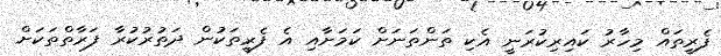
ފެރީތައް މިހާރު ކައިރިކުރަނީ އެކި ތަންތަނަށް ކަމަށާއި އެ ފެރީތަކުން ދަތުރުކުރާ ފަރާތްތަކަށް